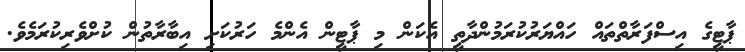
ޕާޓީގެ އިސްފަރާތްތައް ހައްޔަރުކުރަމުންދާތީ އެކަން މި ޕާޓީން އެންމެ ހަރުކަށި އިބާރާތުން ކުށްވެރިކުރަމެވެ.